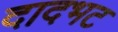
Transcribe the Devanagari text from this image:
दादभट